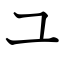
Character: ユ